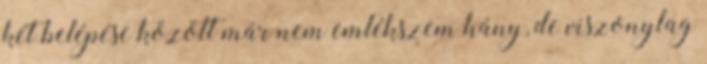
két belépése között már nem emlékszem hány, de viszonylag